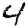
Digit: 4